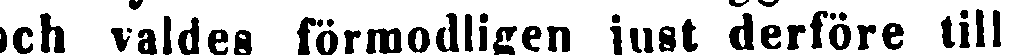
och valdes förmodligen just derföre till